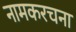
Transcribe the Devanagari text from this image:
नामकरचना